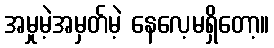
အမှုမဲ့အမှတ်မဲ့ နေလေ့မရှိတော့။